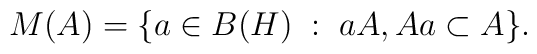
M(A) = \{a \in B(H)\; :\; aA, Aa \subset A \}.